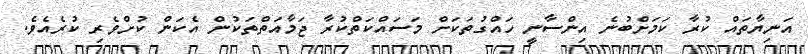
އަނިޔާތައް ކުރާ ކަމަށްބުނެ އިންސާނީ ހައްގުތަކަށް މަސައްކަތްކުރާ ޖަމާއަތްތަކުން އެކަން ކުށްވެރި ކުރެއެވެ.